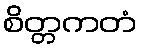
စိတ္တကတံ